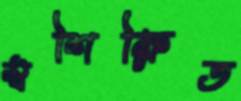
স্বশিক্ষিত